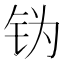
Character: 𬬶